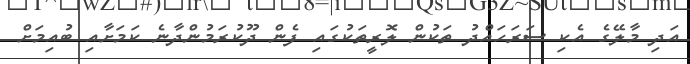
އަދި މާލޭގެ އެކި ސަރަހައްދު ތަކުން ލޮރީތަކުގައި ފެން ދޫކުރަމުންދާނެ ކަމަށާއި ބުއިމަށް